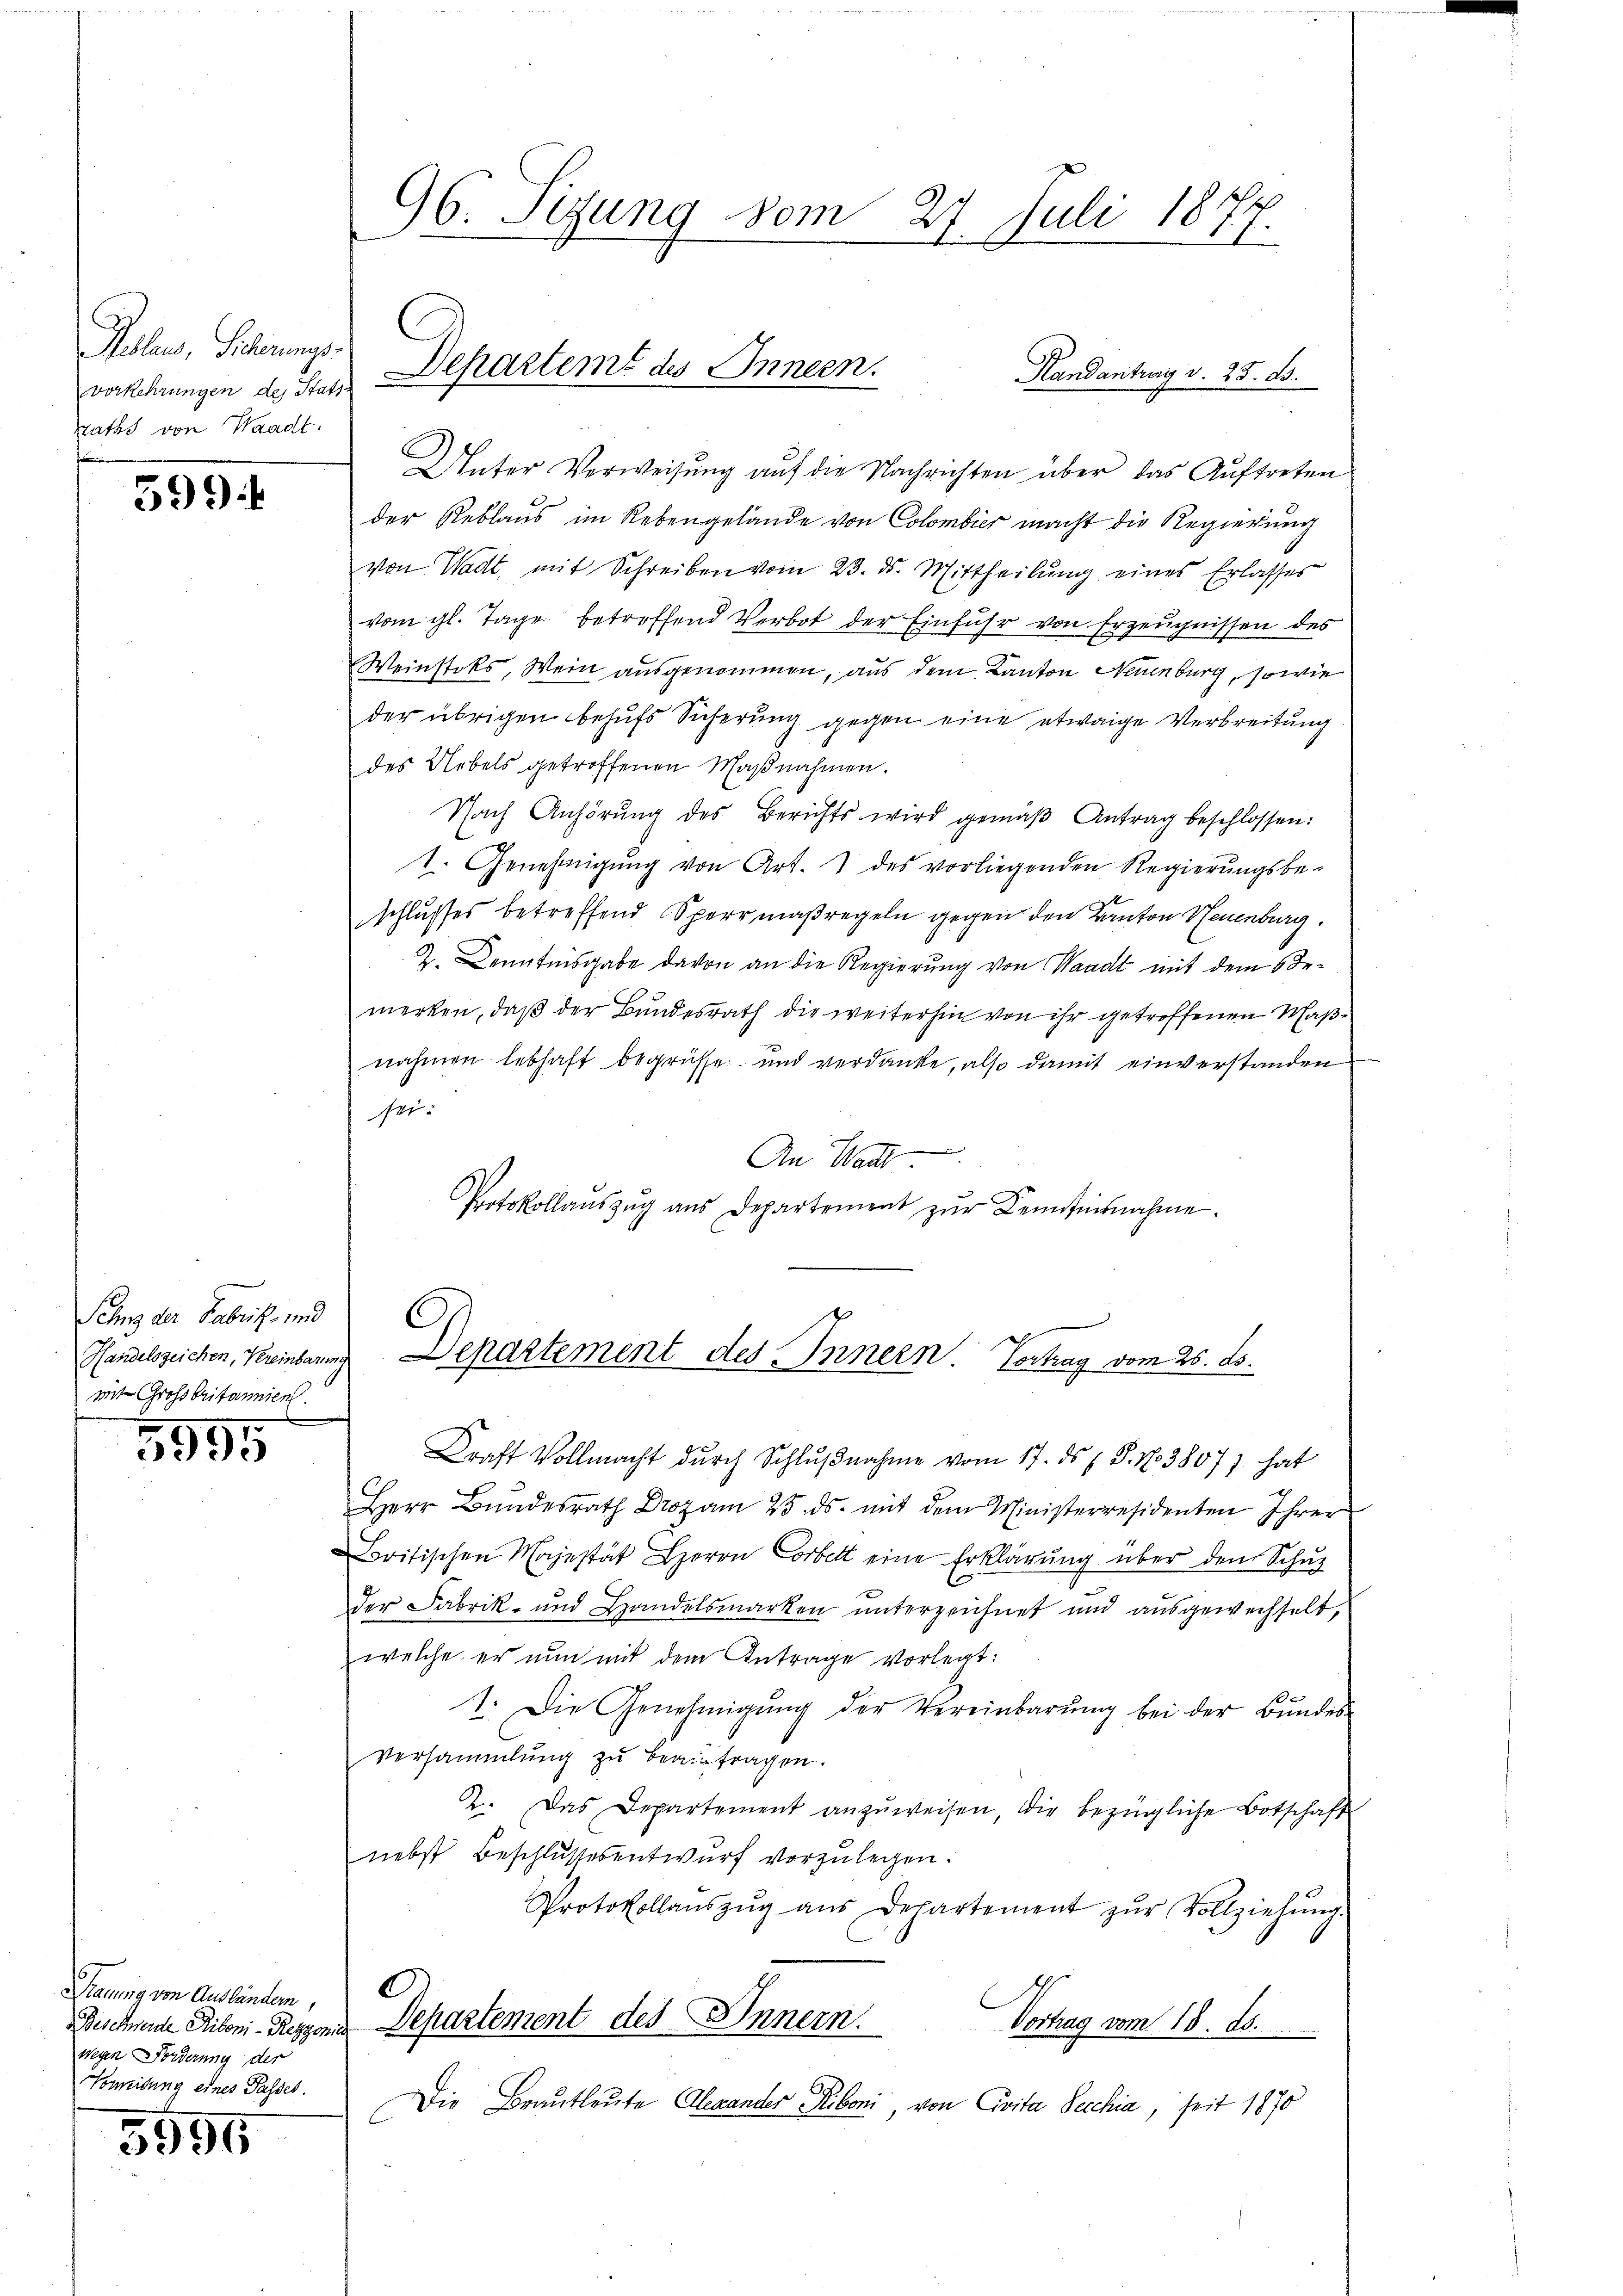
Polens, Scherungs-
vorkehrungen des Statt
Raths von Waadt.

599

Schny der Fabritz- und
mit Großbritannien.

5995

Trauung von Ausländern,
wegen Forderung der
Gmeidung eines Passes.

5556

96. Sitzung vom 27. Juli 1877.

Unter Verweisŭng aŭf die Nachrichten über das Aŭftreten
der Reblaus im Rebengelände von Colombier macht die Regierung
von Wadt, mit Schreiben vom 23. ds. Mittheilŭng eines Erlasses
vom gl. Tage betreffend Verbot der Einfuhr von Erzeugnissen des
Weinstoks, Wein ausgenommen, aus dem Kanton Neuenburg, sowie
der übrigen behufs Sicherung gegen eine etwaige Verbreitung
des Uebels getroffenen Maßnahmen.
Nach Anhörŭng des Berichts wird gemäβ Antrag beschlossen:
1. Genehmigŭng von Art. 1 des vorliegenden Regierŭngsbe-
schlusses betreffend Sperrmaßregeln gegen den Kanton Neuenburg.
2. Kenntnisgabe davon an die Regierung von Waadt mit dem Be-
merken, daß der Bundesrath die weiterhin von ihr getroffenen Maßnahmen lebhaft begrüsse und verdanke, also damit einverstanden
sei.
e
An Wack
Protokollaŭszŭg ans Departement zŭr Kenntnisnahme.

Kraft Vollmacht durch Schlußnahme vom 17. ds P. N. 38077 hat
Herr Bŭndesrath Droz am 25. ds. mit dem Ministerresidenten Ihrer
Britischen Majestät Herrn Corbett eine Erklärŭng über den Schŭl
der Fabrik- und Handelsmarken unterzeichnet und ausgewechselt,
welche er nun mit dem Antrage vorlegt:
1. Die Genehmigŭng der Vereinbarŭng bei der Bŭndes-
Versammlung zu beauftragen.
2. Das Departement anzŭweisen, die bezügliche Botschaft
nebst Beschlussesentwurf vorzulegen.
Protokollaŭszŭg aŭs Departement zŭr Vollziehŭng.
C
Beschende Riboni-Responis Departement des Innern.
Vortrag vom 18. ds.
Die Brautleute Alexander Riboni, von Civita Secchia, seit 1870

Departemt des Innern.
Handantrag d. 25. d.

Handelszeichen, Kreinbarung Departement des Innern. Vortrag vom 25. ds.